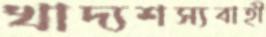
খাদ্যশস্যবাহী